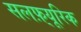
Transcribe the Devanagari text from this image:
सलफ़्यूरिक